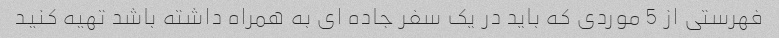
فهرستی از 5 موردی که باید در یک سفر جاده ای به همراه داشته باشد تهیه کنید